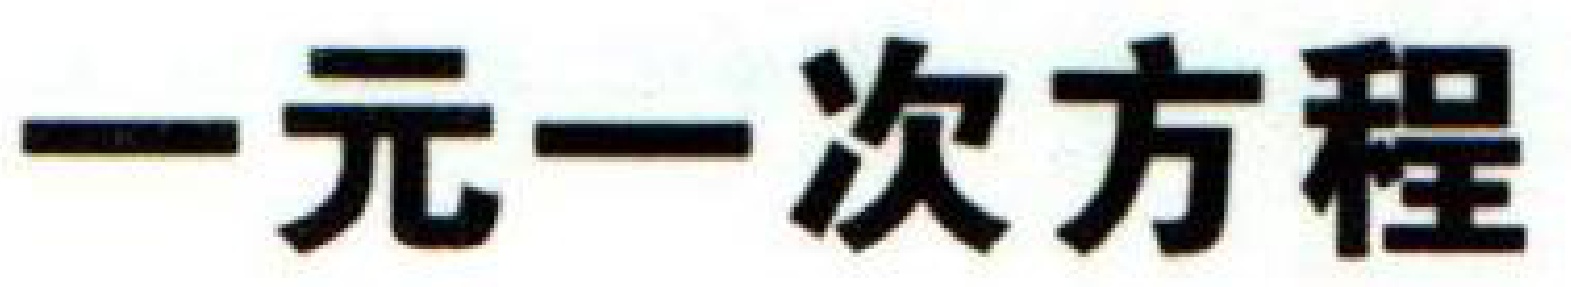
一元一次方程